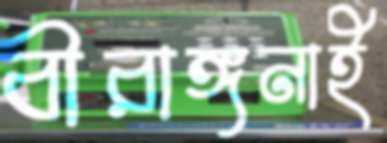
বীরাঙ্গনাই